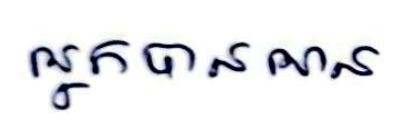
អ្នកបានអាន